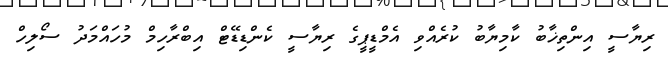
ރިޔާސީ އިންތިޚާބު ކާމިޔާބު ކުރެއްވި އެމްޑީޕީގެ ރިޔާސީ ކެންޑިޑޭޓް އިބްރާހިމް މުހައްމަދު ސޯލިހް